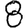
Digit: 8